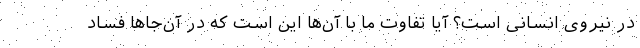
در نیروی انسانی است؟ آیا تفاوت ما با آن‌ها این است که در آن‌جاها فساد